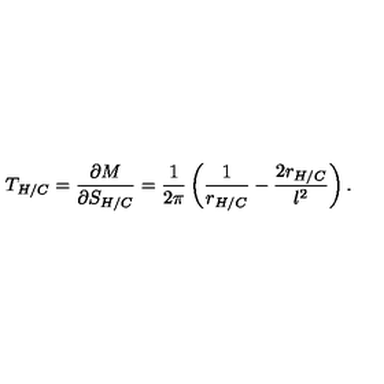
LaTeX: T _ { H / C } = \frac { \partial M } { \partial S _ { H / C } } = \frac { 1 } { 2 \pi } \left( \frac { 1 } { r _ { H / C } } - \frac { 2 r _ { H / C } } { l ^ { 2 } } \right) .